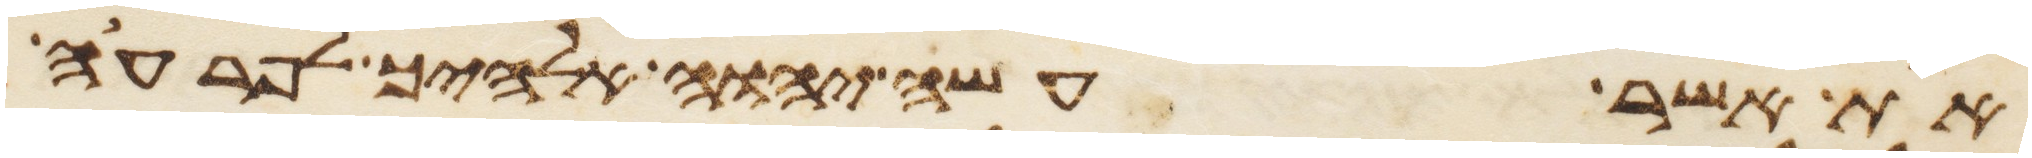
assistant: את אשר עשה יהוה אלהיך לפרעה